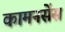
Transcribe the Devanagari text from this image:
कामनसेंस